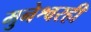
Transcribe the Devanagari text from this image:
मुनेश्वरही